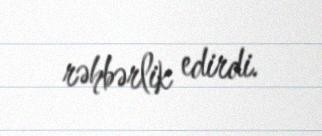
rəhbərlik edirdi.